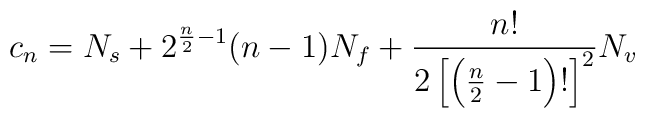
c_{n}=N_{s}+2^{{\frac{n}{2}}-1}(n-1)N_{f}+{\frac{n!}{2\left[ \left( {\frac{n}{2}}-1\right) !\right] ^{2}}}N_{v}